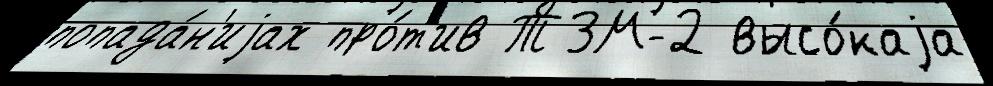
попада́н'иjах про́т'ив ТЗМ-2 высо́каjа